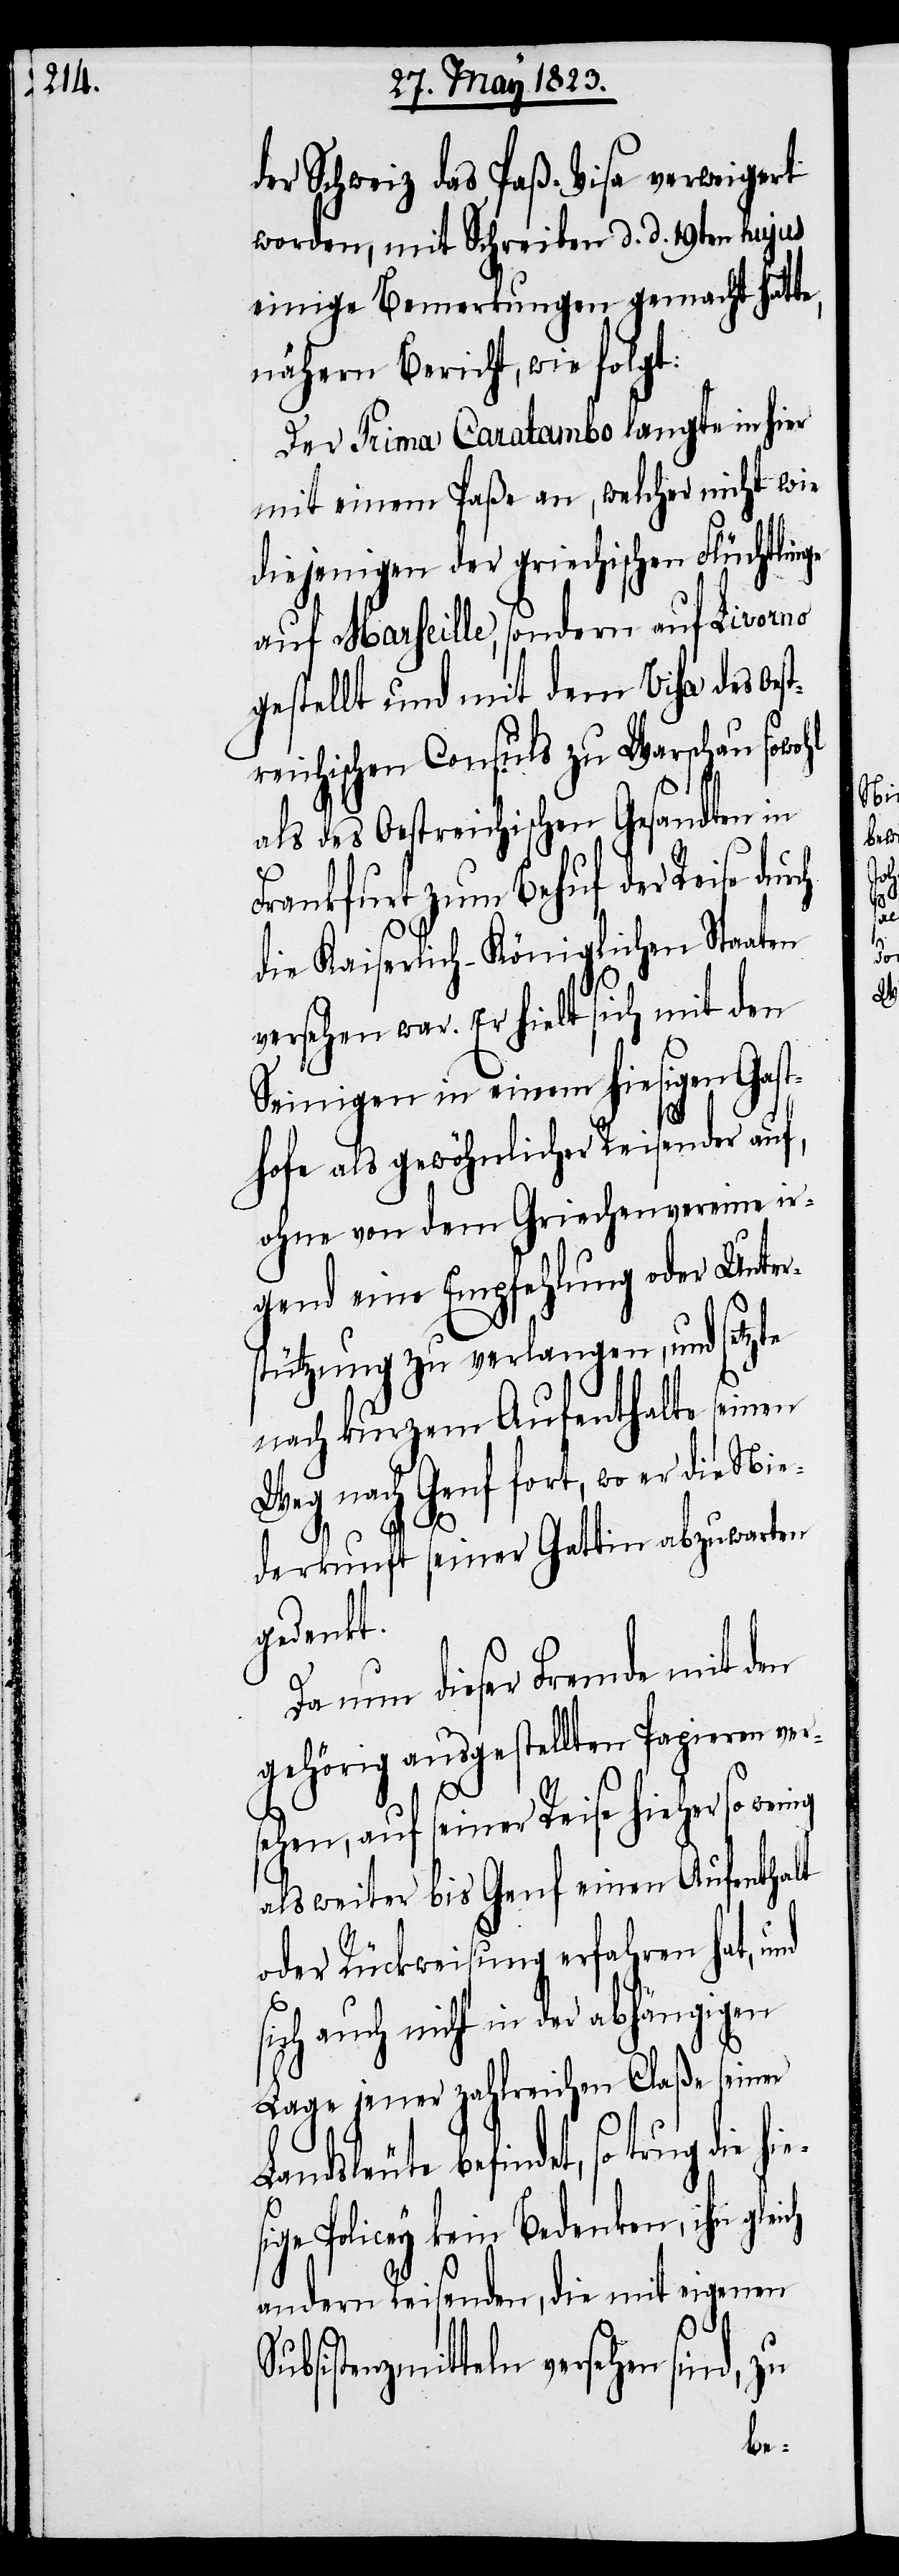
der Schweiz das Paß-Visa verweigert
worden, mit Schreiben d. d. 19ten hujus
einige Bemerkungen gemacht hatte,
nähern Bericht, wie folgt:
Der Prima Caratambo langte in hier
mit einem Paße an, welcher nicht wie
diejenigen der griechischen Flüchtlinge
auf Marseille, sondern auf Livorno
gestellt und mit dem Visa des Oes¬
treichischen Consuls zu Warschau sowohl
als des Oestreichischen Gesandten in
Frankfurt zum Behuf der Reise dur¬
die Kaiserlich-Königlichen Staaten
versehen war. Er hielt sich mit den
Seinigen in einem hiesigen Gast¬
hofe als gewöhnlicher Reisender auf,
ohne von dem Griechenvereine ir¬
gend eine Empfehlung oder Unter¬
stützung zu verlangen, und setzte
nach kurzem Aufenthalte seinen
Weg nach Genf fort, wo er die Nie¬
derkunft seiner Gattin abzuwarten
gedenkt.
Da nun dieser Fremde mit den
gehörig ausgestellten Papieren ver¬
sehen, auf seiner Reise hieher so
als weiter bis Genf einen Aufenthalt
oder Rückweisung erfahren hat, und
sich auch nicht in der abhängigen
ch
Lage jener zahlreichen Claße seiner
indet, so trug die hies¬
ige Policey kein Bedenken, ihn
andern Reisenden, die mit eigenen
Subsistenzmitteln versehen sind, zu